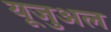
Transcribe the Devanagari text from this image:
यूजुअल